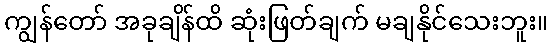
ကျွန်တော် အခုချိန်ထိ ဆုံးဖြတ်ချက် မချနိုင်သေးဘူး။